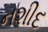
નશીદ